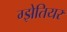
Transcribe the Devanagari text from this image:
ग्झेतियर